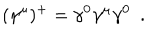
LaTeX: ( \gamma ^ { \mu } ) ^ { + } = \gamma ^ { 0 } \gamma ^ { \mu } \gamma ^ { 0 } \; \: .